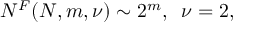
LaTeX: { \cal N } ^ { F } ( N , m , \nu ) \sim 2 ^ { m } , \; \; \nu = 2 ,